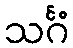
သင်္ဂံ